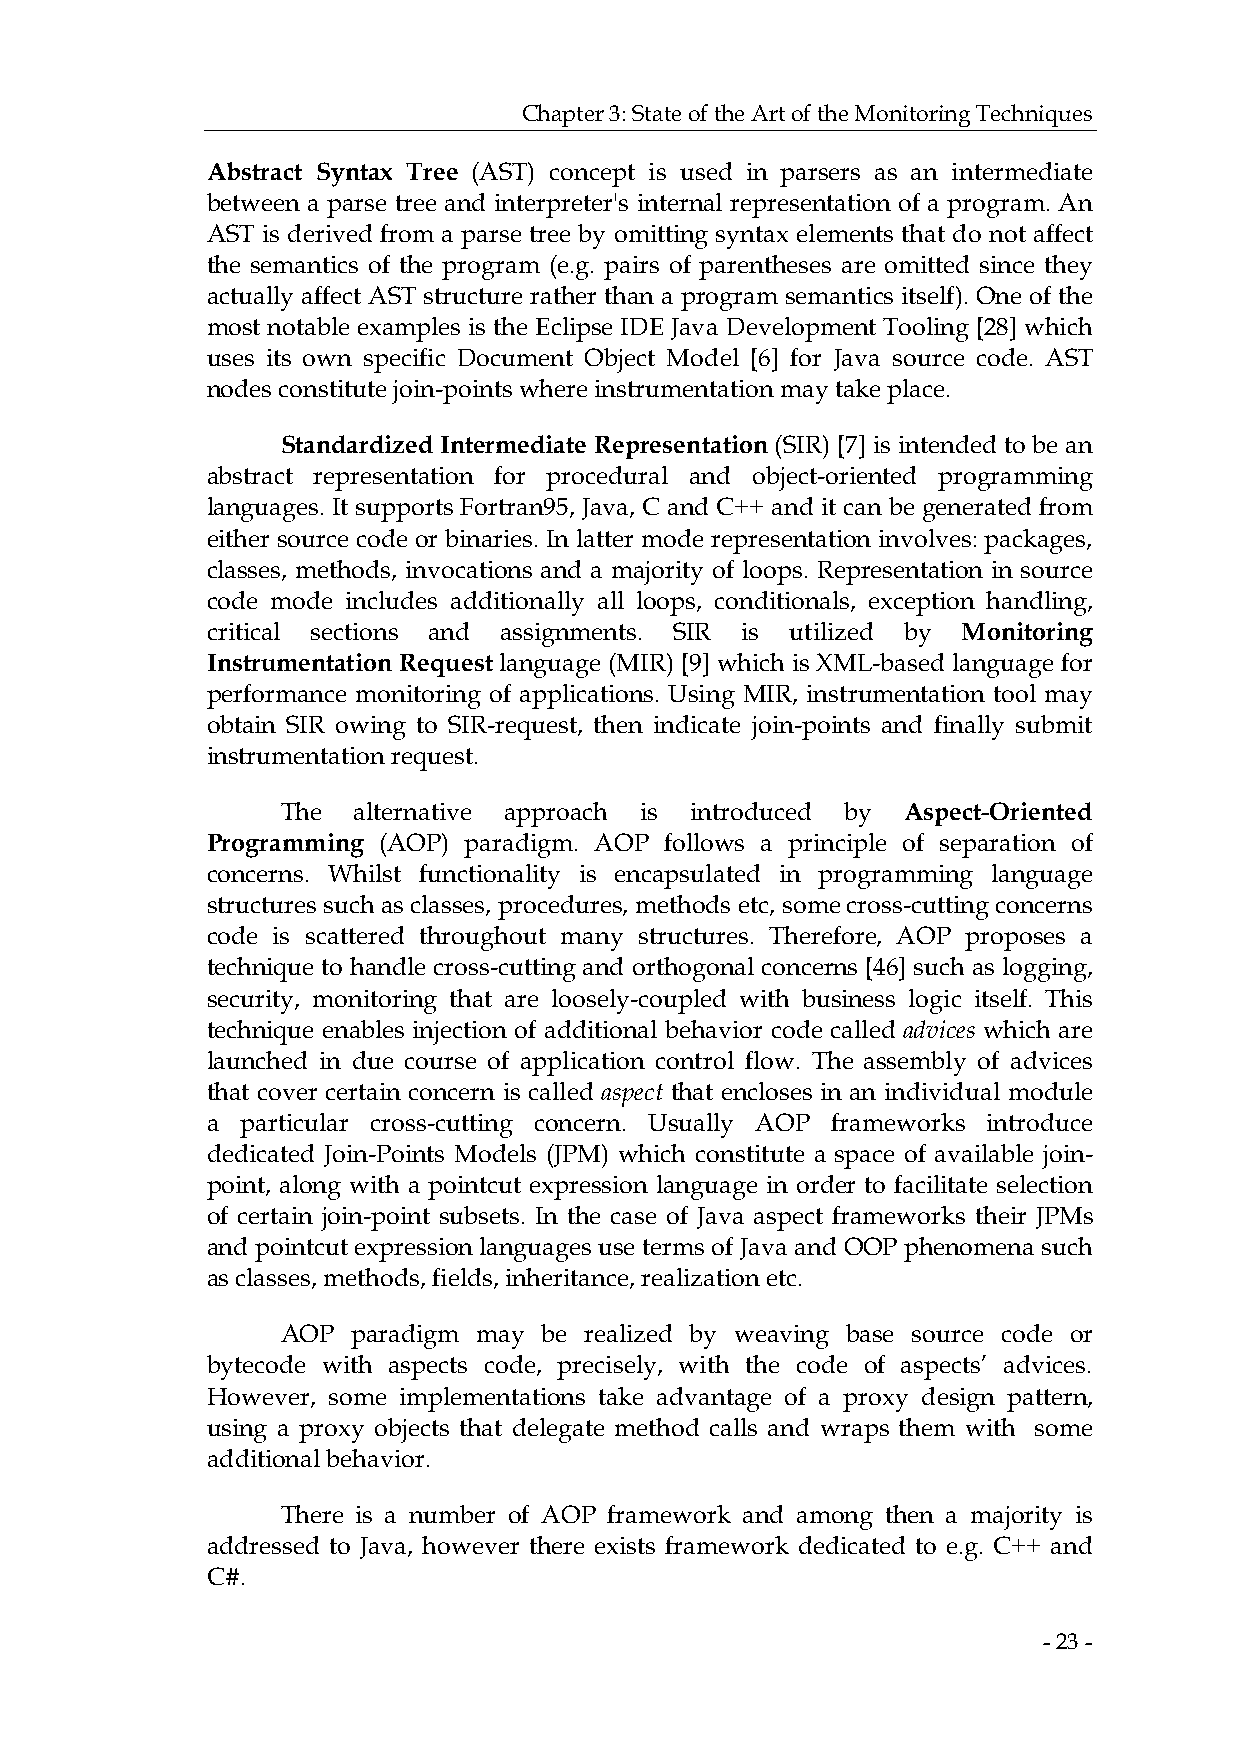
Chapter 3: State of the Art of the Monitoring Techniques
 Abstract Syntax Tree (AST) concept is used in parsers as an intermediate
 between a parse tree and interpreter's internal representation of a program. An
 AST is derived from a parse tree by omitting syntax elements that do not affect
 the semantics of the program (e.g. pairs of parentheses are omitted since they
 actually affect AST structure rather than a program semantics itself). One of the
 most notable examples is the Eclipse IDE Java Development Tooling [28] which
 uses its own specific Document Object Model [6] for Java source code. AST
 nodes constitute join-points where instrumentation may take place.
 Standardized Intermediate Representation (SIR) [7] is intended to be an
 abstract representation for procedural and object-oriented programming
 languages. It supports Fortran95, Java, C and C++ and it can be generated from
 either source code or binaries. In latter mode representation involves: packages,
 classes, methods, invocations and a majority of loops. Representation in source
 code mode includes additionally all loops, conditionals, exception handling,
 critical sections and assignments. SIR is utilized by Monitoring
 Instrumentation Request language (MIR) [9] which is XML-based language for
 performance monitoring of applications. Using MIR, instrumentation tool may
 obtain SIR owing to SIR-request, then indicate join-points and finally submit
 instrumentation request.
 The alternative approach is introduced by Aspect-Oriented
 Programming (AOP) paradigm. AOP follows a principle of separation of
 concerns. Whilst functionality is encapsulated in programming language
 structures such as classes, procedures, methods etc, some cross-cutting concerns
 code is scattered throughout many structures. Therefore, AOP proposes a
 technique to handle cross-cutting and orthogonal concerns [46] such as logging,
 security, monitoring that are loosely-coupled with business logic itself. This
 technique enables injection of additional behavior code called advices which are
 launched in due course of application control flow. The assembly of advices
 that cover certain concern is called aspect that encloses in an individual module
 a particular cross-cutting concern. Usually AOP frameworks introduce
 dedicated Join-Points Models (JPM) which constitute a space of available join-
 point, along with a pointcut expression language in order to facilitate selection
 of certain join-point subsets. In the case of Java aspect frameworks their JPMs
 and pointcut expression languages use terms of Java and OOP phenomena such
 as classes, methods, fields, inheritance, realization etc.
 AOP paradigm may be realized by weaving base source code or
 bytecode with aspects code, precisely, with the code of aspects’ advices.
 However, some implementations take advantage of a proxy design pattern,
 using a proxy objects that delegate method calls and wraps them with some
 additional behavior.
 There is a number of AOP framework and among then a majority is
 addressed to Java, however there exists framework dedicated to e.g. C++ and
 C#.
 - 23 -